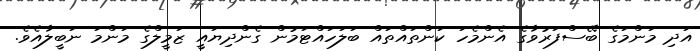
އަދި މަންމަގެ ބޭސްފަރުވާގެ އެންމެހަ ކަންތައްތައް ބަލަހައްޓަމުން ގެންދިޔައީ ޒަމީލްގެ މަންމަ ނަބީލާއެވެ.